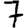
Digit: 7